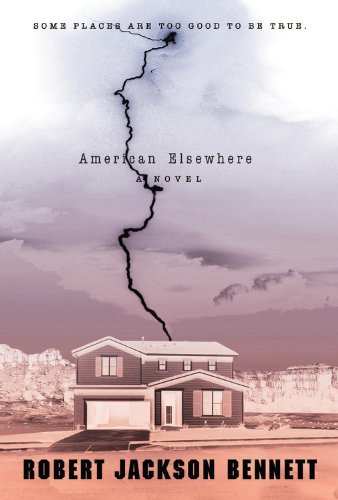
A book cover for American Elsewhere; Robert Jackson Bennett; Literature & Fiction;